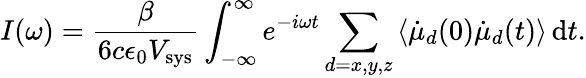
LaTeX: I(\omega)={\frac{\beta}{6c\epsilon_{0}V_{\mathrm{sys}}}}\int_{-\infty}^{\infty}e^{-i\omega t}\sum_{d=x,y,z}\left<\dot{\mu}_{d}(0)\dot{\mu}_{d}(t)\right>\, \mathrm{d}t.